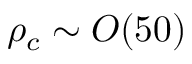
\rho _ { c } \sim O ( 5 0 )